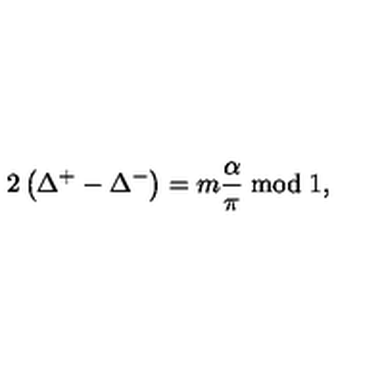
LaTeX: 2 \left( \Delta ^ { + } - \Delta ^ { - } \right) = m \displaystyle \frac { \alpha } { \pi } \bmod 1 ,